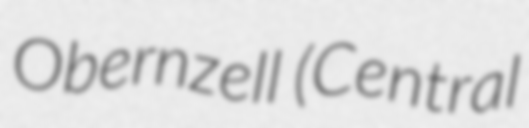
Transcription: Obernzell (Central